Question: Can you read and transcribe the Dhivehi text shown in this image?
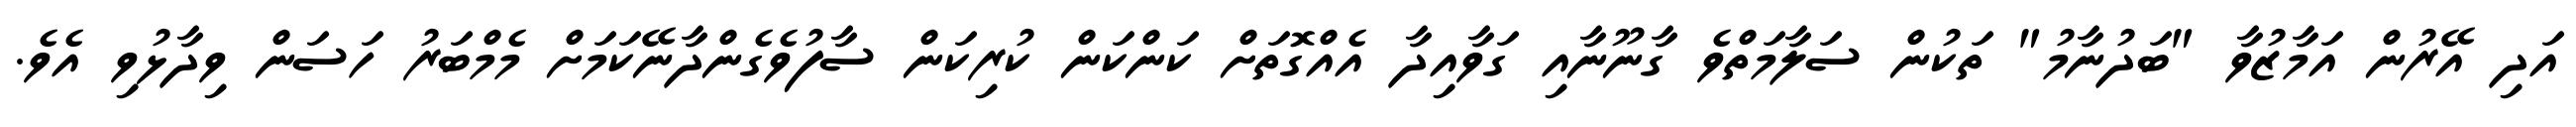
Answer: އަދި އޭރުން އަމާޒުވާ "ބަދުނާމު" ތަކުން ސަލާމަތްވެ ގާނޫނާއި ގަވާއިދާ އެއްގޮތަށް ކަންކަން ކުރިކަން ސާފުވެގެންދާނޭކަމަށް މެމްބަރު ހަސަން ވިދާޅުވި އެވެ.